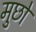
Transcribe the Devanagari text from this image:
मुछो